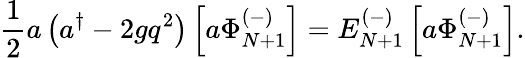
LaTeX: {\frac{1}{2}}a\left(a^{\dagger}-2gq^{2}\right)\left[a\Phi_{N+1}^{(-)}\right]=E_{N+1}^{(-)}\left[a\Phi_{N+1}^{(-)}\right].